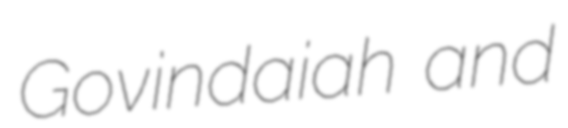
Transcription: Govindaiah and